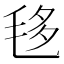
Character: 𣭧